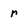
Character: r